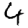
Digit: 4